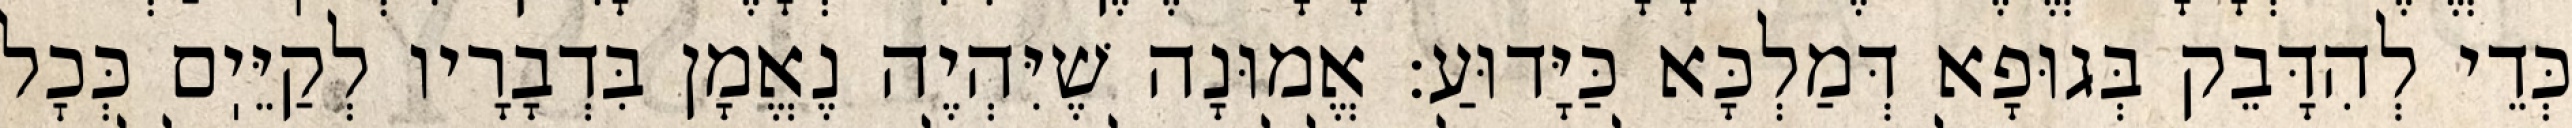
כְּדֵי לְהִדָּבֵק בְּגוּפָא דְּמַלְכָּא כַּיָּדוּעַ: אֱמוּנָה שֶׁיִּהְיֶה נֶאֱמָן בִּדְבָרָיו לְקַיֵּיֽם כְּכׇל